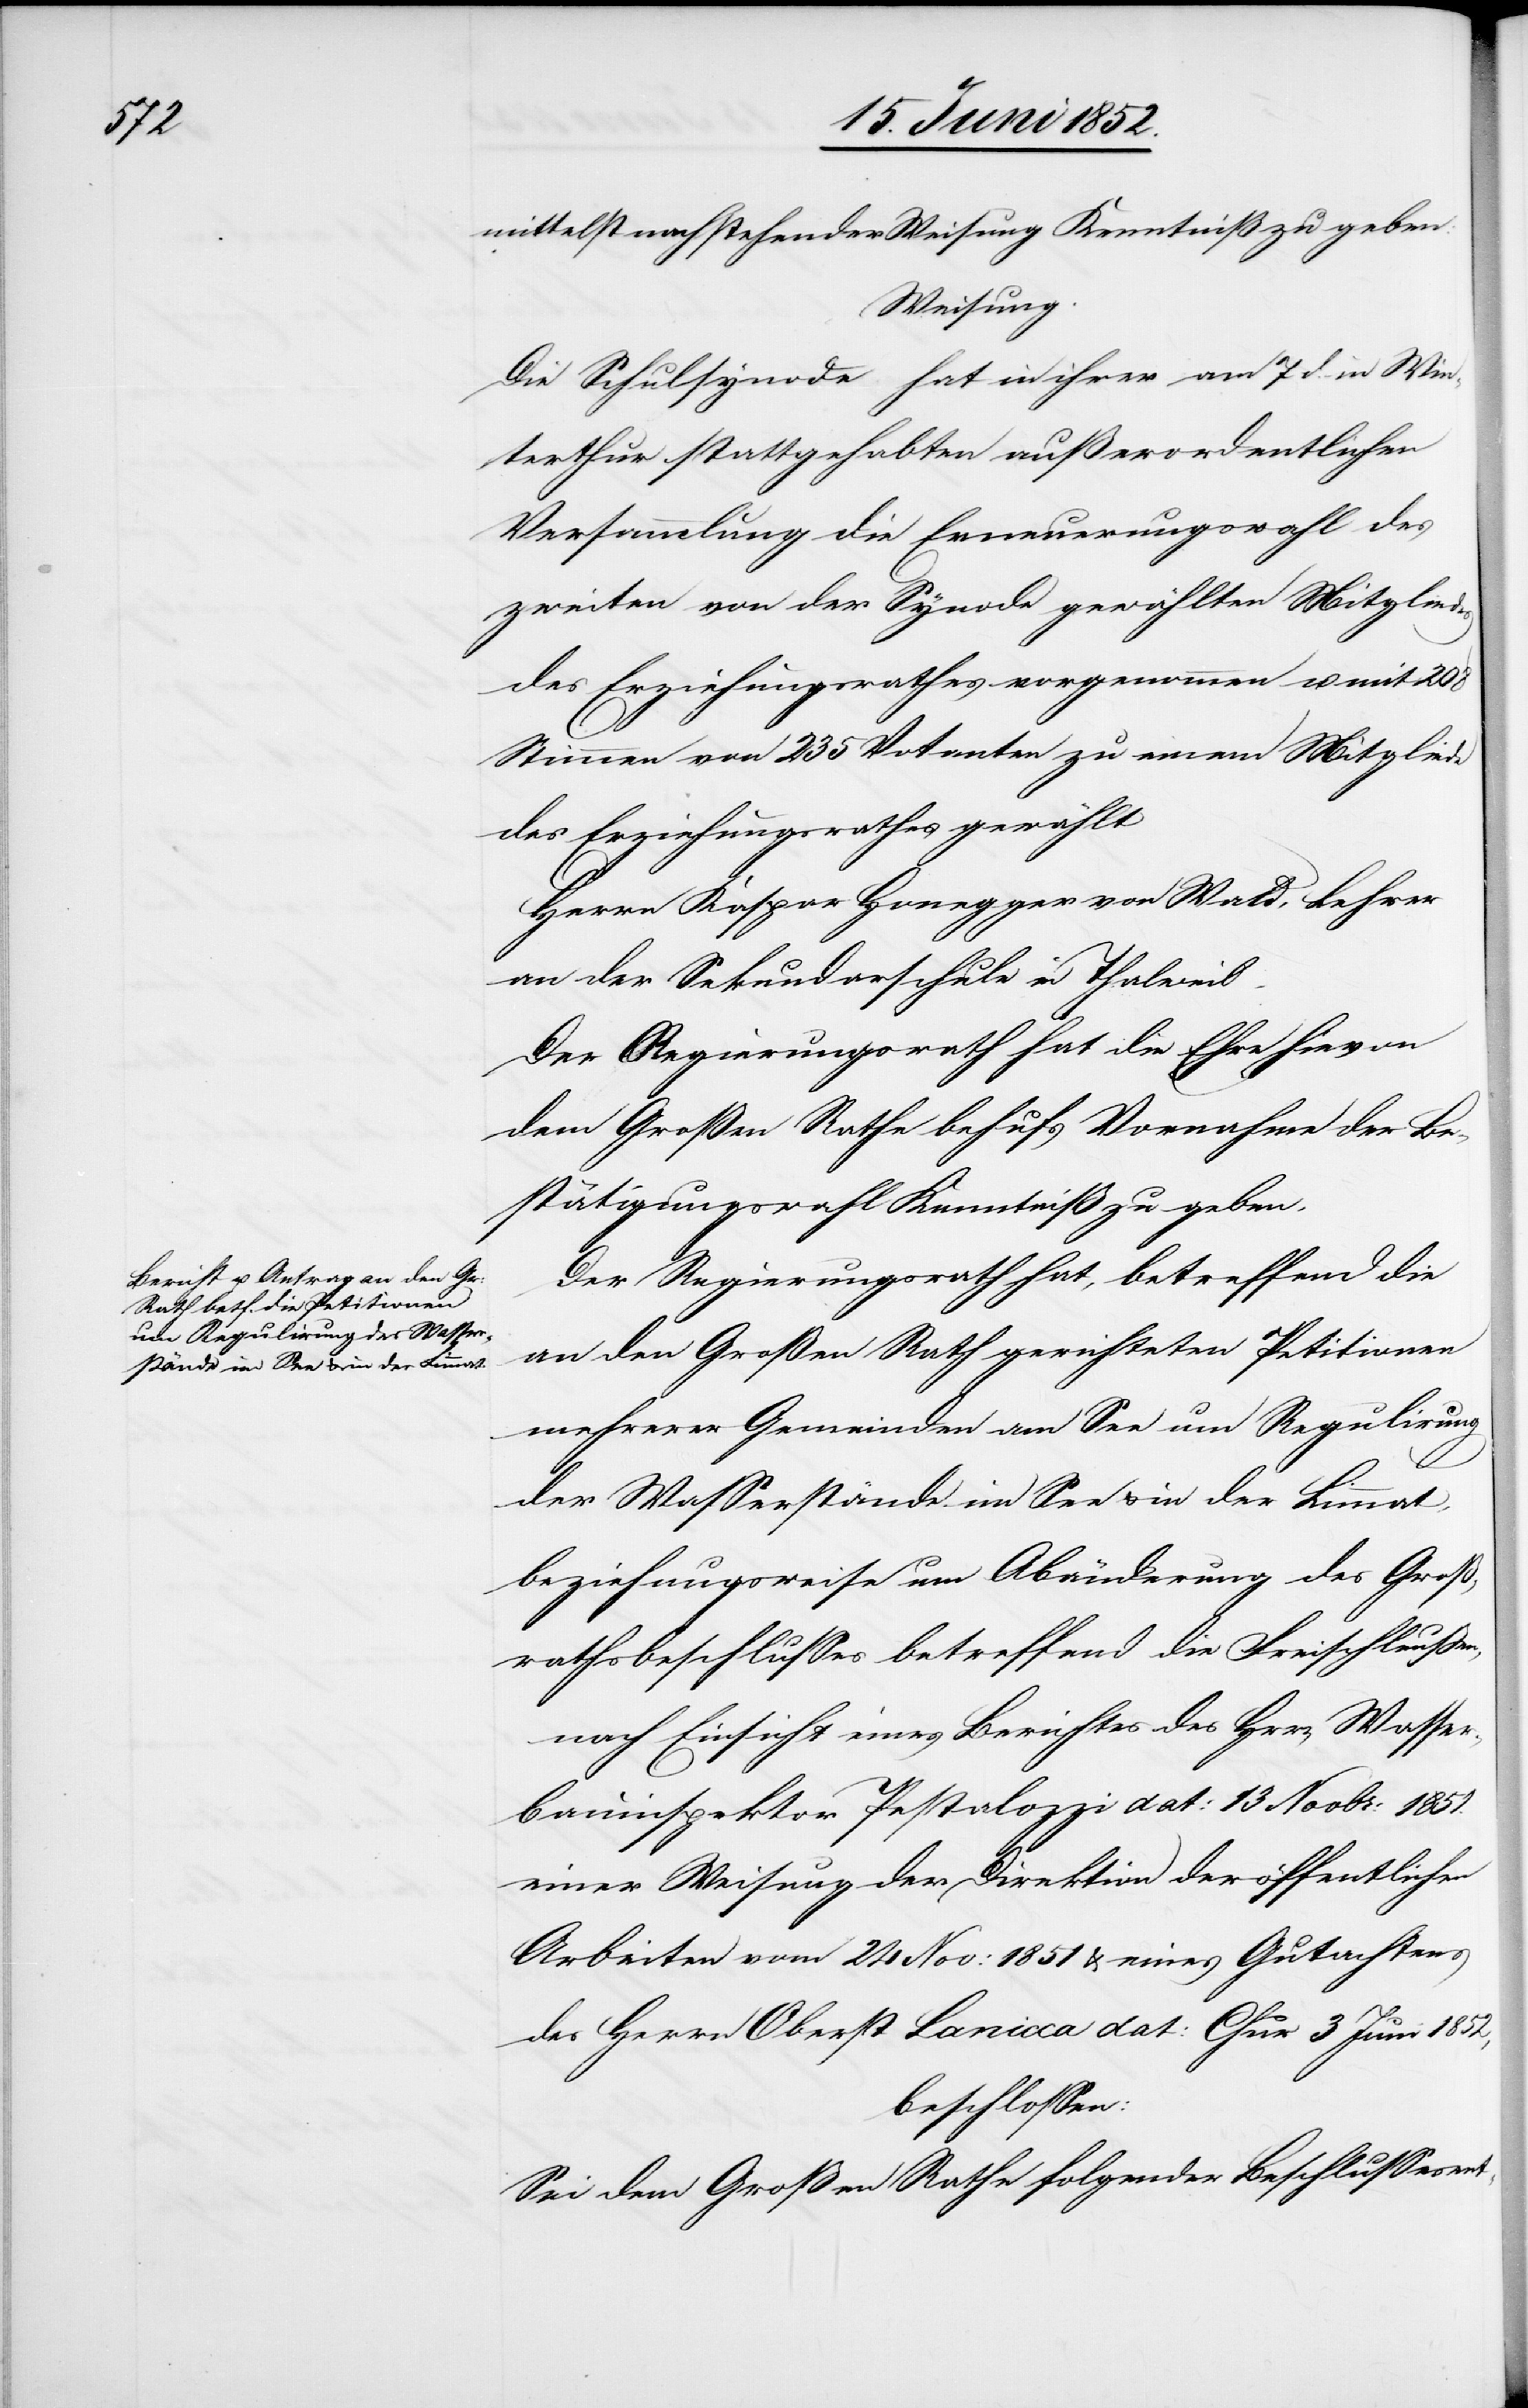
mittelst nachstehender Weisung Kenntniß zu geben:
Weisung.
Die Schulsynode hat in ihrer am 7 d. in Win¬
terthur stattgehabten außerordentlichen
Versammlung die Erneuerungswahl des
zweiten von der Synode gewählten Mitgliedes
des Erziehungsrathes vorgenommen u. mit 208
Stimmen von 235 Votanten zu einem Mitgliede
des Erziehungsrathes gewählt
Herrn Kaspar Honegger von Wald, Lehrer
an der Sekundarschule in Thalweil
Der Regierungsrath hat die Ehre hievon
dem Großen Rathe behufs Vornahme der Be¬
stätigungswahl Kenntniß zu geben.
Der Regierungsrath hat, betreffend die
an den Großen Rath gerichteten Petitionen
mehrerer Gemeinden am See um Regulirung
der Wasserstände im See & in der Limmat,
beziehungsweise um Abänderung des Groß¬
rathsbeschlusses betreffend die Freischleussen,
nach Einsicht eines Berichtes des H[e]rrn Wasser¬
bauinspektor Pestalozzi dat: 13 Novbr: 1851.[,]
einer Weisung der Direktion der öffentlichen
Arbeiten vom 24 Nov: 1851 & eines Gutachtens
des Herrn Oberst Lanicca dat: Chur 3 Juni 1852,
beschlossen:
Sei dem Großen Rathe folgender Beschlussesent-